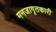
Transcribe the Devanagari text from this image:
मनजागृतकारी